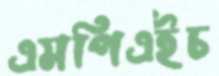
এমপিএইচ